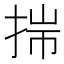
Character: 𢭍